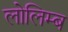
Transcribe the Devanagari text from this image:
लोलिम्ब